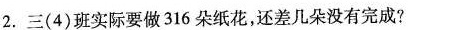
2.三(4)班实际要做316朵纸花，还差几朵没有完成?